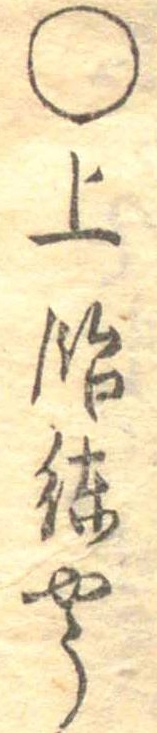
○上飴練やう